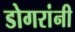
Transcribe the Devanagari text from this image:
डोगरांनी